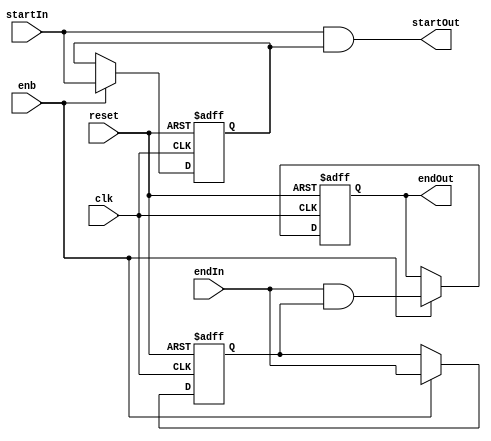
// -------------------------------------------------------------
// 
// 
// Generated by MATLAB 9.13 and HDL Coder 4.0
// 
// -------------------------------------------------------------


// -------------------------------------------------------------
// 
// Module: whdlOFDMTx_Serialize_Start_and_End_Signals
// Source Path: whdlOFDMTx/Frame Generator/Header/Serializer/Serialize Start and End Signals
// Hierarchy Level: 5
// 
// -------------------------------------------------------------

`timescale 1 ns / 1 ns

module whdlOFDMTx_Serialize_Start_and_End_Signals
          (clk,
           reset,
           enb,
           startIn,
           endIn,
           startOut,
           endOut);


  input   clk;
  input   reset;
  input   enb;
  input   startIn;
  input   endIn;
  output  startOut;
  output  endOut;


  wire Repeat_out1;
  reg  Delay_out1;
  wire Logical_Operator_out1;
  wire Repeat1_out1;
  reg  Delay1_out1;
  wire Logical_Operator1_out1;
  reg  Delay2_out1;


  assign Repeat_out1 = startIn;

  always @(posedge clk or posedge reset)
    begin : Delay_process
      if (reset == 1'b1) begin
        Delay_out1 <= 1'b0;
      end
      else begin
        if (enb) begin
          Delay_out1 <= Repeat_out1;
        end
      end
    end



  assign Logical_Operator_out1 = Repeat_out1 & Delay_out1;



  assign startOut = Logical_Operator_out1;

  assign Repeat1_out1 = endIn;

  always @(posedge clk or posedge reset)
    begin : Delay1_process
      if (reset == 1'b1) begin
        Delay1_out1 <= 1'b0;
      end
      else begin
        if (enb) begin
          Delay1_out1 <= Repeat1_out1;
        end
      end
    end



  assign Logical_Operator1_out1 = Repeat1_out1 & Delay1_out1;



  always @(posedge clk or posedge reset)
    begin : Delay2_process
      if (reset == 1'b1) begin
        Delay2_out1 <= 1'b0;
      end
      else begin
        if (enb) begin
          Delay2_out1 <= Logical_Operator1_out1;
        end
      end
    end



  assign endOut = Delay2_out1;

endmodule  // whdlOFDMTx_Serialize_Start_and_End_Signals